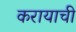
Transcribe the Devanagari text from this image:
करायाची